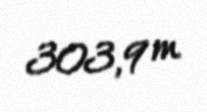
303,9 m